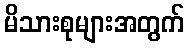
မိသားစုများအတွက်